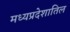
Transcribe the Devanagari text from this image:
मध्यप्रदेशातिल